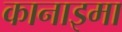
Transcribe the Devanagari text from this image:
कानाइमा